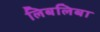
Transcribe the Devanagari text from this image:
लिबलिबा